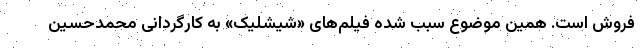
فروش است. همین موضوع سبب شده فیلم‌های «شیشلیک» به کارگردانی محمدحسین